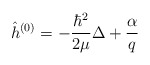
\begin{align*}\hat h^{(0)} = - \frac{\hbar^2}{2\mu}\Delta + \frac{\alpha}{q}\end{align*}